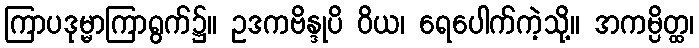
ကြာပဒုမ္မာကြာရွက်၌။ ဥဒကဗိန္ဒုပိ ဝိယ၊ ရေပေါက်ကဲ့သို့။ အကမ္ပိတ္ထ၊